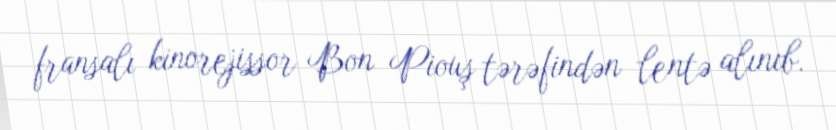
fransalı kinorejissor Bon Piouş tərəfindən lentə alınıb.